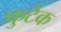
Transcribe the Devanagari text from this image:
फुटेक